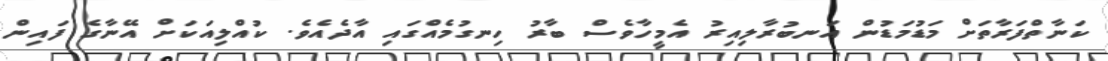
ކަނާތްފަރާތަށް މަޑުމަޑުން އަނބުރާލިއިރު އެމީހާވެސް ބާރު ހިނގުމެއްގައި އާދެއެވެ. ކުއްލިއަކަށް އޭނާގެ ފައިން